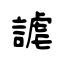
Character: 謔